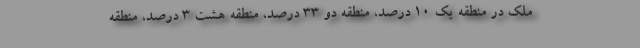
ملک در منطقه یک ۱۰ درصد، منطقه دو ۳۳ درصد، منطقه هشت ۳ درصد، منطقه